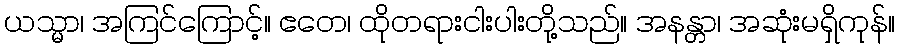
ယသ္မာ၊ အကြင်ကြောင့်။ ဧတေ၊ ထိုတရားငါးပါးတို့သည်။ အနန္တာ၊ အဆုံးမရှိကုန်။